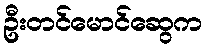
ဦးတင်မောင်ဆွေက